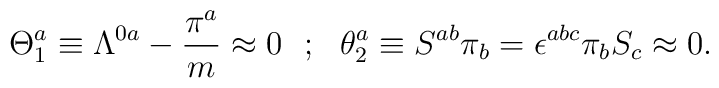
\Theta ^a_1\equiv \Lambda ^{0a}-{{\pi ^a}\over m} \approx 0~~;~~ \theta ^a_2\equiv S^{ab}\pi _b = \epsilon ^{abc}\pi _b S_c \approx 0 .